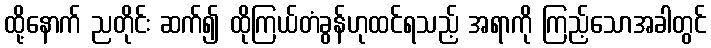
ထို့နောက် ညတိုင်း ဆက်၍ ထိုကြယ်တံခွန်ဟုထင်ရသည့် အရာကို ကြည့်သောအခါတွင်